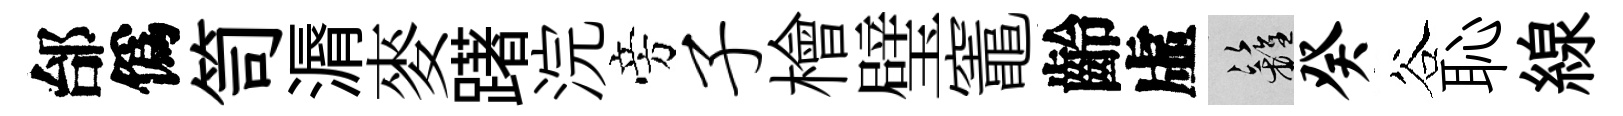
邰僞笥漘麥躇浣旁子檜璧竈齡虛籬癸谷恥線